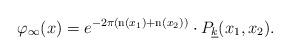
LaTeX: \begin{align*} \varphi_\infty(x) = e^{-2\pi( {\rm n}(x_1) + {\rm n}(x_2))} \cdot P_{\underline{k}}(x_1,x_2) . \end{align*}